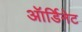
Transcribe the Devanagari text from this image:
ऑर्डिनेट